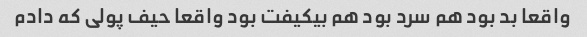
واقعا بد بود هم سرد بود هم بیکیفت بود واقعا حیف پولی که دادم